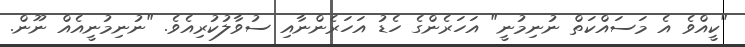
"ކީއްވެ އެ މަސައްކަތް ނުނިމުނީ" އަހަރެންގެ ހެޑު އަހަރެންނާއި ސުވާލުކުރިއެވެ. "ނުނިމުނީއެއް ނޫން.